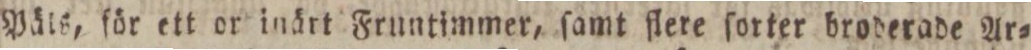
Päls, för ett or inärt Fruntimmer, ſamt flere ſorter broderade Ar=